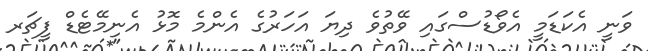
ވަނީ އެކަޑަމީ އެވޯޑުސްގައި ވޭތުވެ ދިޔަ އަހަރުގެ އެންމެ މޮޅު އެނިމޭޓެޑް ފީޗަރ